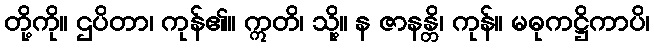
တို့ကို။ ဌပိတာ၊ ကုန်၏။ ဣတိ၊ သို့။ န ဇာနန္တိ၊ ကုန်။ မဓုကဋ္ဌိကာပိ၊